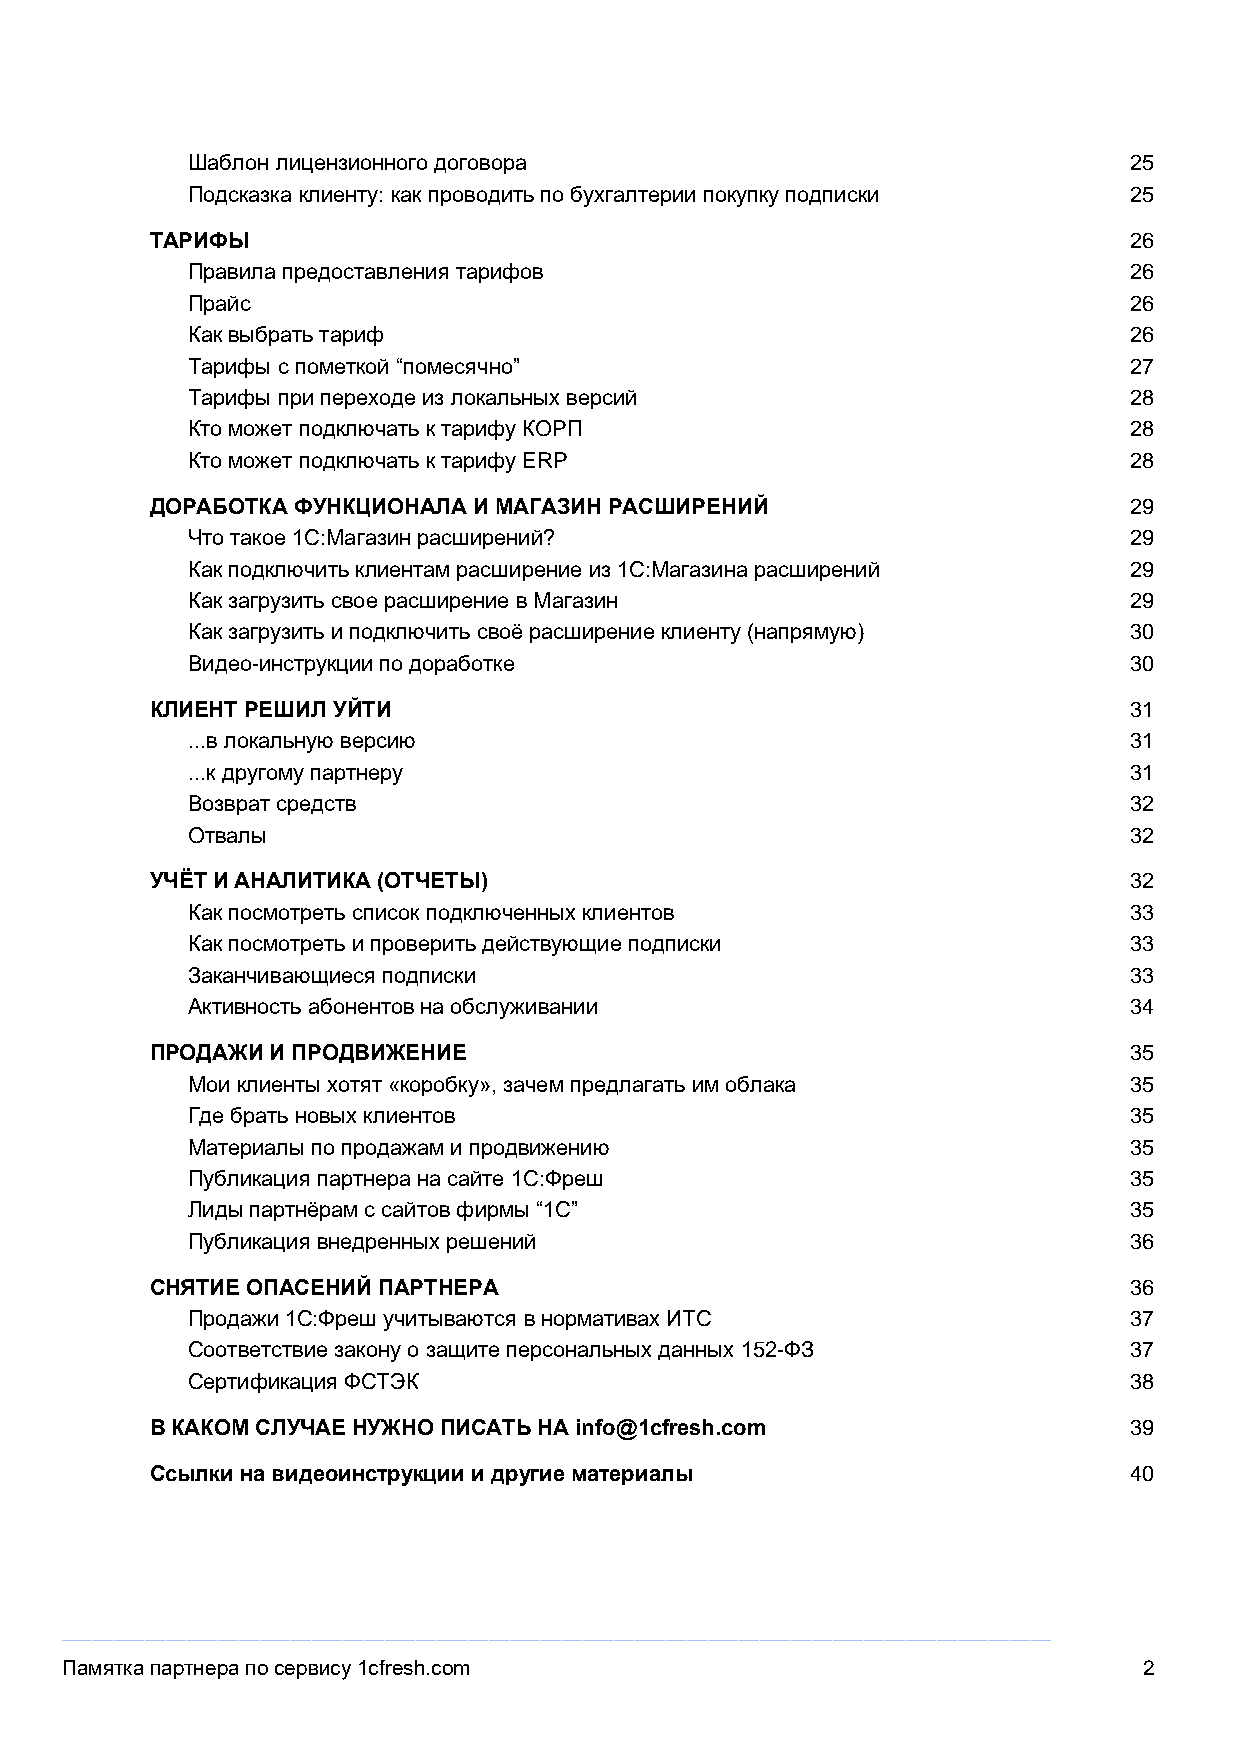
Шаблон лицензионного договора                                  25
 Подсказка клиенту: как проводить по бухгалтерии покупку подписки 25
 ТАРИФЫ                                                           26
 Правила предоставления тарифов                                 26
 Прайс                                                          26
 Как выбрать тариф                                              26
 Тарифы с пометкой “помесячно”                                  27
 Тарифы при переходе из локальных версий                        28
 Кто может подключать к тарифу КОРП                             28
 Кто может подключать к тарифу ERP                              28
 ДОРАБОТКА ФУНКЦИОНАЛА И МАГАЗИН РАСШИРЕНИЙ                       29
 Что такое 1С:Магазин расширений?                               29
 Как подключить клиентам расширение из 1C:Магазина расширений   29
 Как загрузить свое расширение в Магазин                        29
 Как загрузить и подключить своё расширение клиенту (напрямую)  30
 Видео-инструкции по доработке                                  30
 КЛИЕНТ РЕШИЛ УЙТИ                                                31
 ...в локальную версию                                          31
 ...к другому партнеру                                          31
 Возврат средств                                                32
 Отвалы                                                         32
 УЧЁТ И АНАЛИТИКА (ОТЧЕТЫ)                                        32
 Как посмотреть список подключенных клиентов                    33
 Как посмотреть и проверить действующие подписки                33
 Заканчивающиеся подписки                                       33
 Активность абонентов на обслуживании                           34
 ПРОДАЖИ И ПРОДВИЖЕНИЕ                                            35
 Мои клиенты хотят «коробку», зачем предлагать им облака        35
 Где брать новых клиентов                                       35
 Материалы по продажам и продвижению                            35
 Публикация партнера на сайте 1С:Фреш                           35
 Лиды партнёрам с сайтов фирмы “1С”                             35
 Публикация внедренных решений                                  36
 СНЯТИЕ ОПАСЕНИЙ ПАРТНЕРА                                         36
 Продажи 1С:Фреш учитываются в нормативах ИТС                   37
 Соответствие закону о защите персональных данных 152-ФЗ        37
 Сертификация ФСТЭК                                             38
 В КАКОМ СЛУЧАЕ НУЖНО ПИСАТЬ НА info@1cfresh.com                  39
 Ссылки на видеоинструкции и другие материалы                     40
 _______________________________________________________________________________________________
 Памятка партнера по сервису 1cfresh.com                                 2